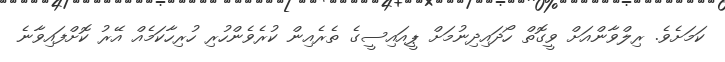
ކަމަށެވެ. ރިލްވާންއަށް ވީގޮތް ހޯދައިދިނުމަށް ޕީއައިސީގެ ތެރެއިން ކުރެވެންހުރި ހުރިހާކަމެއް އޭރު ކޮށްފައިވާނެ